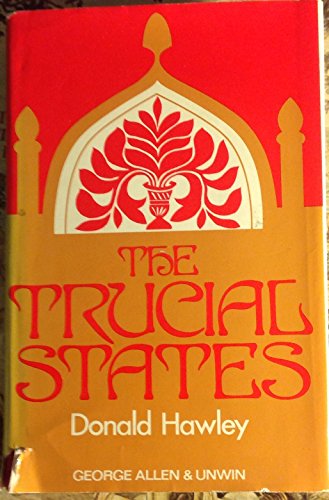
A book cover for Trucial States; Sir Donald Hawley; History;